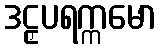
ဒဠှပရက္ကမော